Civil Veterinary Dept. Assam report 1911-1927 - 1911-1927
Year: 1911
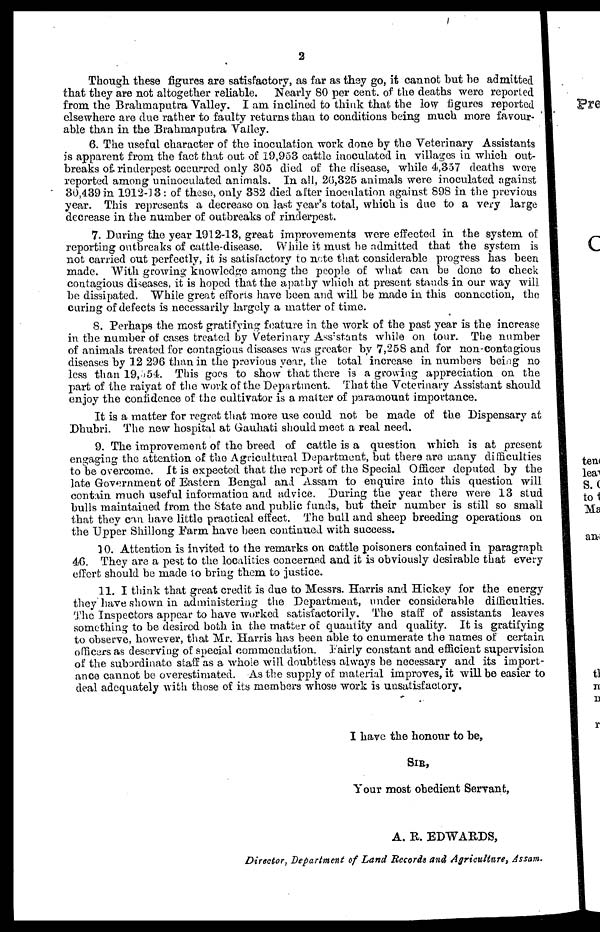
2
Though these figures are satisfactory, as far as they go, it cannot hut he admitted
that they are not altogether reliable. Nearly 80 per cent. of the deaths were reported
from the Brahmaputra Valley. I am inclined to think that, the low figures reported
elsewhere are due rather to faulty returns than, to conditions being much more favour-
able than in the Brahmaputra Valley.
6. The useful character of the inoculation work done by the Veterinary Assistant!
is apparent from the fact that out of 19,953 cattle inoculated in villages in which out
breaks of, rinderpest occurred only 305 died of the disease, while 4,357 deaths were
reported among uninoculated animals. In all, 16,325 animals were inoculated against
30,439 in 1912-13: of these, only 332 died after inoculation against 898 in the previous
year. This represents a decrease on last year total, which is due to a very large
decrease in the number of outbreaks of rinderj st.
7. During the year 1912-13, great impro 3ments were effected in the system of
reporting outbreaks of cattle-disease. While must be admitted that the system is
not carried out perfectly, it is satisfactory to te that considerable progress has been
made. With growing knowledge among the people of what can be done to check
contagious diseases, it is hoped that the apathy which at present stands in our way will
be dissipated. While great efforts have been and will be made in this connection, the
curing of defects is necessarily largely a matter of time.
8. Perhaps the most gratifying feature in the work of the past year is the increase
in the number of cases treated by Veterinary Assistants while on. tour. The number
of animals treated for contagious diseases was greater by 7,258 and for non-contagious
diseases by 12 296 than in the previous year, the total increase in numbers being no
less than 19,554. This goes to show that there is a growing appreciation on the
part of the raiyat of the work of the Department. That the Veterinary Assistant should
enjoy the confidence of the cultivator is a matter of paramount importance.
It is a matter for regret that more use could not be made of the Dispensary at
Dhubri. The new hospital at Gauhati should meet a real need.
9. The improvement of the breed of cattle is a question which is at present
engaging the attention of the Agricultural Department, but there are many difficulties
tobe overcome. It is expected that the report of the Special Officer deputed by the
late Government of Eastern Bengal and Assam to enquire into this question will
contain much useful information and advice. During the year there were 13 stud
bulls maintained from the State and public funds, but their number is still so small
that they can have little practical effect. The bull and sheep breeding operations on
the Upper Shillong Farm have been continued with success.
10. Attention is invited to the remarks on cattle poisoners contained in paragraph
46. They are a pest to the localities concerned and it is obviously desirable that every
effort should be made to bring them to justice.
11. I think that great credit is due to Messrs. Harris and Hickey for the energy
they have shown in administering the Department, under considerable difficulties.
The Inspectors appear to have worked satisfactorily. The staff of assistants leaves
something to be desired both in the matter of quantity and quality. It is gratifying
to observe, however, that Mr. Harris has been able to enumerate the names of certain
officers as deserving of special commendation. Fairly constant and efficient supervision
of the subordinate staff as a whole will doubtless always be necessary and its import-
ance cannot be overestimated. As the supply of material improves, it will be easier to
deal adequately with those of its members whose work is unsatisfactory.
I have the honour to be,
SIR,
Your most obedient Servant,
A. E. EDWARDS,
Director, Department of Land Records and Agriculture, Assam.